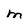
Character: M